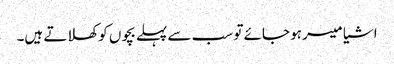
اشیا میسر ہو جائے تو سب سے پہلے بچوں کو کھلاتے ہیں۔